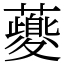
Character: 𧃍